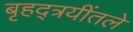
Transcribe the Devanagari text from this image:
बृहद्त्रयींतले